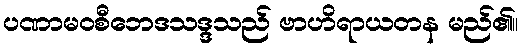
ပဏာမဝစီဘေဒသဒ္ဒသည် ဗာဟိရာယတန မည်၏။